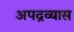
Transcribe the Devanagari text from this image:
अपद्रव्यास